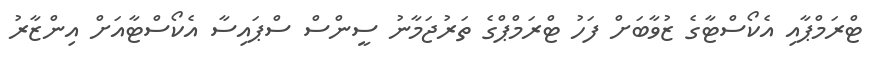
ޓްރަމްޕާއި އެކޯސްޓާގެ ޒުވާބަށް ފަހު ޓްރަމްޕްގެ ތަރުޖަމާނު ސީންސް ސްޕައިސާ އެކޯސްޓާއަށް އިންޒާރު